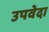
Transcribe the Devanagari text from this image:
उपवेदा